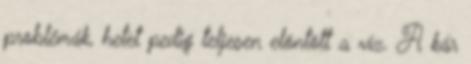
problémák, hetet pedig teljesen elöntött a víz. A kár